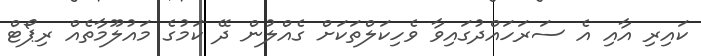
ކައިރި އާއި އެ ސަރަހައްދުގައިވާ ވެހިކަލްތަކަށް ގެއްލުން ދޭ ކަމުގެ މައުލޫމާތެއް ރިޕޯޓް